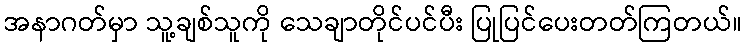
အနာဂတ်မှာ သူ့ချစ်သူကို သေချာတိုင်ပင်ပီး ပြုပြင်ပေးတတ်ကြတယ်။